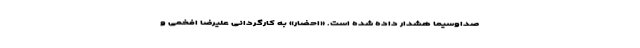
صداوسیما هشدار داده شده است. «احضار» به کارگردانی علیرضا افخمی و